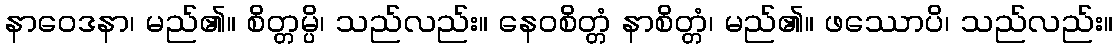
နာဝေဒနာ၊ မည်၏။ စိတ္တမ္ပိ၊ သည်လည်း။ နေဝစိတ္တံ နာစိတ္တံ၊ မည်၏။ ဖဿောပိ၊ သည်လည်း။